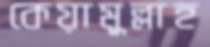
কেয়ামুল্লাহ